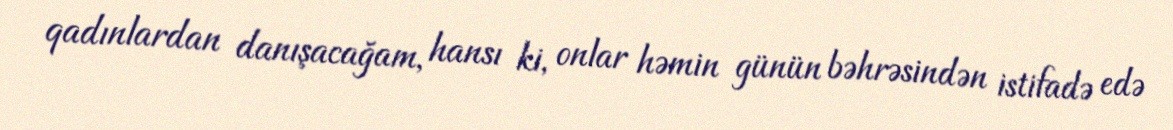
qadınlardan danışacağam, hansı ki, onlar həmin günün bəhrəsindən istifadə edə